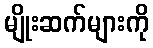
မျိုးဆက်များကို